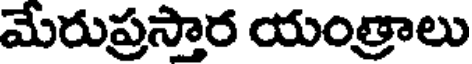
మేరుప్రస్తార యంత్రాలు